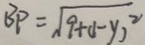
B P = \sqrt { 9 + ( 1 - y ) ^ { 2 } }